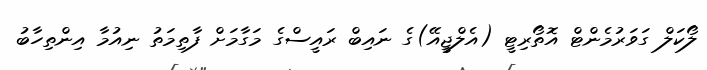
ލޯކަލް ގަވަރުމެންޓް އޮތޯރިޓީ (އެލްޖީއޭ)ގެ ނައިބް ރައީސްގެ މަގާމަށް ފާތިމަތު ނިއުމާ އިންތިހާބު